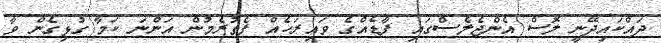
ދައްކައިދޭނީ ލޮސް އެންޖެލެސްގައި ފާޑެއްގެ ވައިރަހެއް ފެތުރެމުން އަންނަ ކަމާ ގުޅިގެން ވާ